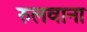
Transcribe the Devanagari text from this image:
रुलवाना